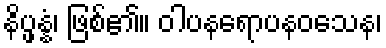
နိပ္ဖန္နံ၊ ဖြစ်၏။ ဝါပနရောပနဝသေန၊